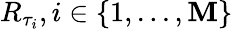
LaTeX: R_{\tau_{i}},i\in\{ 1,...,\mathbf{M}\}